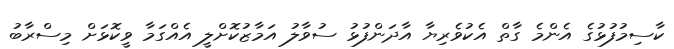
ކާސިމުފުޅުގެ އެންމެ ގާތް އެކުވެރިޔާ އާދަންފުޅު ސުވާލު އަމާޒުކޮށްލީ އެއްގަމާ ވީކޮޅަށް މިސްރާބު